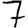
Digit: 7